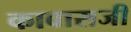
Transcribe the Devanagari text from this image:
कावासजी